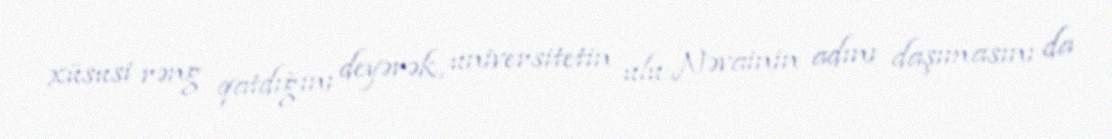
xüsusi rəng qatdığını deyərək, universitetin ulu Nəvainin adını daşımasını da